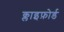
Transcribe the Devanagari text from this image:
क्लाइफ़ोर्ड